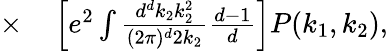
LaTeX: \begin{array}{rl}{\times}&{{}\left[e^{2}\int\frac{d^{d}k_{2}k_{2}^{2}}{(2\pi)^{d}2k_{2}}\frac{d-1}{d}\right]P(k_{1},k_{2}),}\end{array}